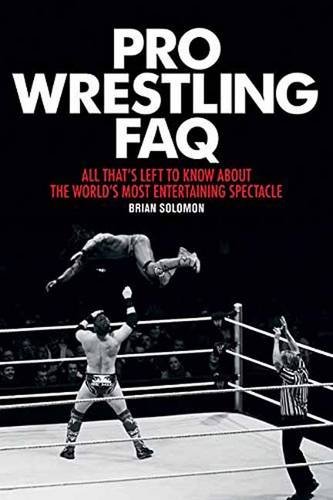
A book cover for Pro Wrestling FAQ: All Thats Left to Know About the Worlds Most Entertaining Spectacle (FAQ Series); Brian Solomon; Sports & Outdoors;